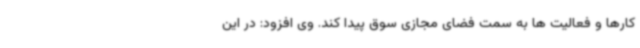
کارها و فعالیت ها به سمت فضای مجازی سوق پیدا کند. وی افزود: در این